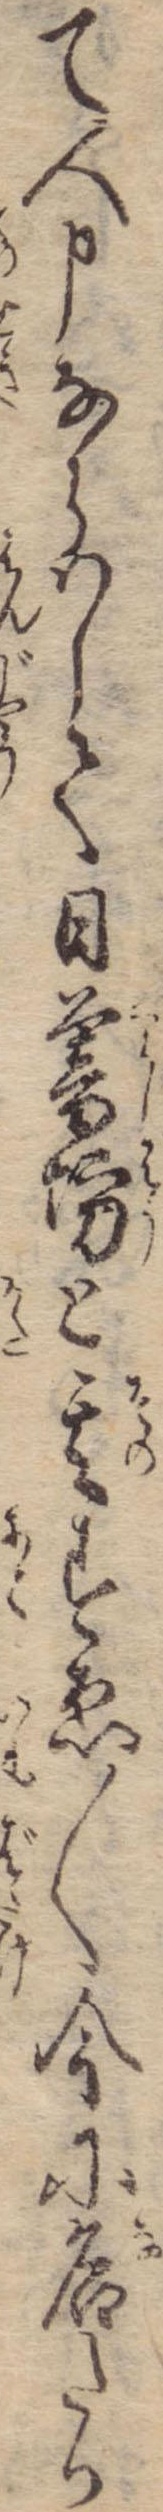
て人申ならはして日暮坊と其すゑ〱今に名たか